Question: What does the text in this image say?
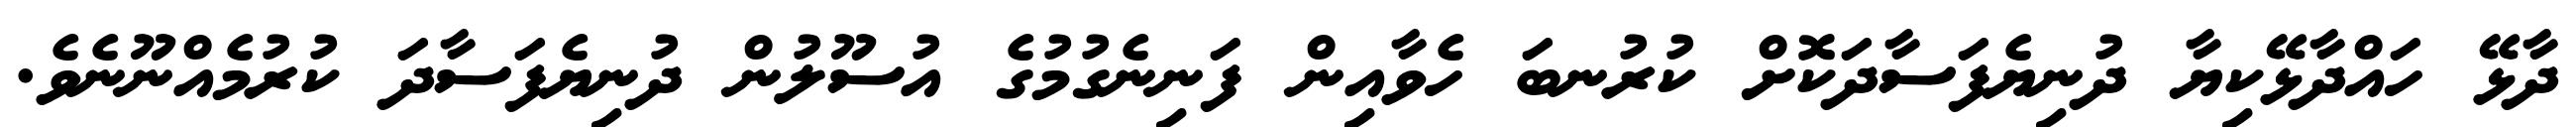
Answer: ދާޅޭ ހައްދާޅޭކިޔާ ދުނިޔެފަސާދަކޮށް ކުރުނބަ ހެވާއިން ފަނިނެގުމުގެ އުސޫލުން ދުނިޔެފަސާދަ ކުރުމެއްނޫނެވެ.